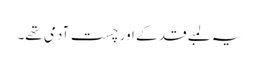
یہ لمبے قد کے اور چست آدمی تھے۔